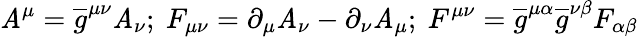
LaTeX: \mathit{A}^{\mu}=\overline{{{{g}}}}^{\mu\nu}\mathit{A}_{\nu};\ F_{\mu\nu}=\partial_{\mu}\mathit{A}_{\nu}-\partial_{\nu}\mathit{A}_{\mu};\ F^{\mu\nu}=\overline{{{{g}}}}^{\mu\alpha}\overline{{{{g}}}}^{\nu\beta}F_{\alpha\beta}